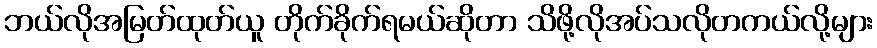
ဘယ်လိုအမြတ်ထုတ်ယူ တိုက်ခိုက်ရမယ်ဆိုတာ သိဖို့လိုအပ်သလိုတကယ်လို့များ